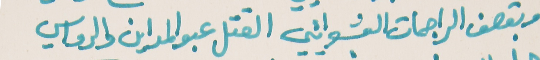
وبقصف الراجمات العشوائيي   القتل عبو المداين والرواسي